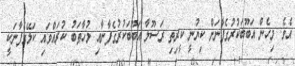
އެވެ. މިހެން އަބޫބަކުރުގެފާނަށް ކިޔުނީ ކީރިތި ރަސޫލާ އަބޫބަކުރުގެފާނާއި މުޚާޠަބު ކުރައްވައި ކަލޭގެފާނަކީ